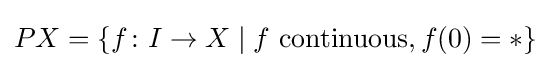
PX=\{f\colon I\to X\mid f\ {\text{continuous}},f(0)=*\}